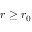
r \geq r _ { 0 }